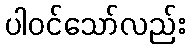
ပါဝင်သော်လည်း